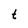
Character: t